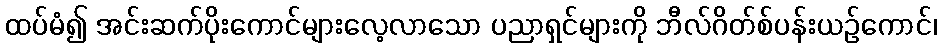
ထပ်မံ၍ အင်းဆက်ပိုးကောင်များလေ့လာသော ပညာရှင်များကို ဘီလ်ဂိတ်စ်ပန်းယဉ်ကောင်၊